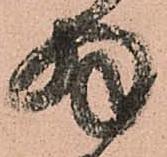
拝